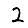
Digit: 2